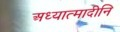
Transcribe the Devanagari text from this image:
अध्यात्मादीनि